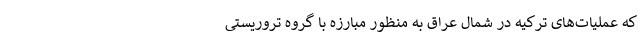
که عملیات‌های ترکیه در شمال عراق به منظور مبارزه با گروه تروریستی